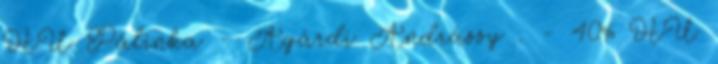
HU Pálinka - Agárdi Andrássy . - 40% HU